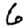
Digit: 6